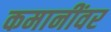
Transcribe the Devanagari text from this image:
कमानींवर